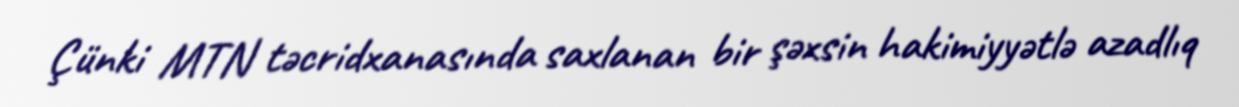
Çünki MTN təcridxanasında saxlanan bir şəxsin hakimiyyətlə azadlıq